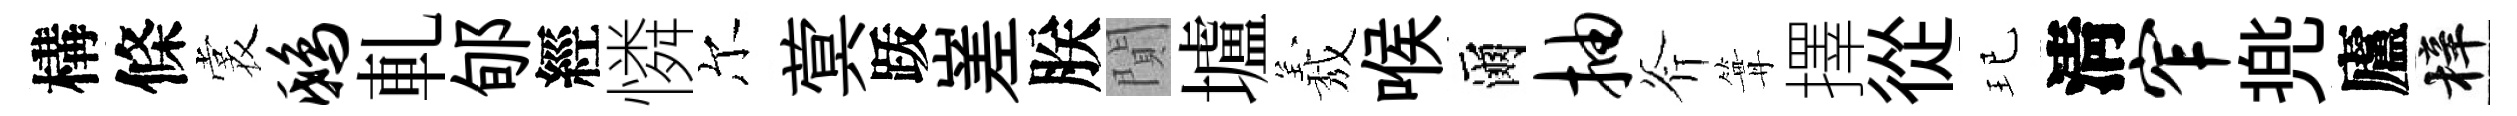
構條裳鸱軋郇經憐尔蓂䟦嵳朕閴壚𦏁喉爾抽斧篝擇從玘淸窄兠廬梓